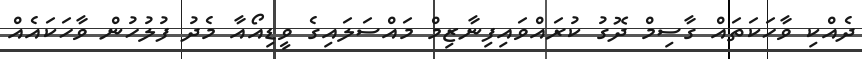
ދެއްކި ވާހަކަތައް ގާސިމް ދޮގު ކުރައްވައިފިނާޒިމް މައްސަލައިގެ ވީޑިއޯއާ މެދު ފުލުހުން ވާހަކައެއް